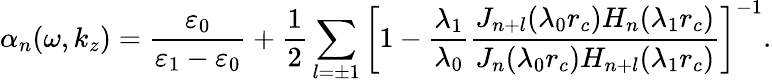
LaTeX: \alpha_{n}(\omega,k_{z})=\frac{\varepsilon_{0}}{\varepsilon_{1}-\varepsilon_{0}}+\frac{1}{2}\sum_{l=\pm 1}\left[1-\frac{\lambda_{1}}{\lambda_{0}}\frac{J_{n+l}(\lambda_{0}r_{c})H_{n}(\lambda_{1}r_{c})}{J_{n}(\lambda_{0}r_{c})H_{n+l}(\lambda_{1}r_{c})}\right]^{-1}.